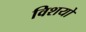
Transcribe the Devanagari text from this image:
विशयो